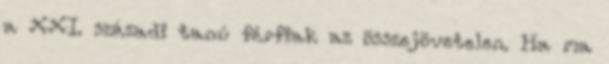
a XXI. századi tanú férfiak az összejövetelen. Ha ma